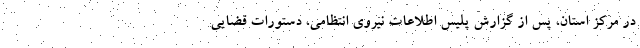
در مرکز استان، پس از گزارش پلیس اطلاعات نیروی انتظامی، دستورات قضایی